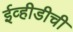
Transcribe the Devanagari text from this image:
ईव्हीडीची